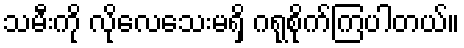
သမီးကို လိုလေသေးမရှိ ဂရုစိုက်ကြပါတယ်။